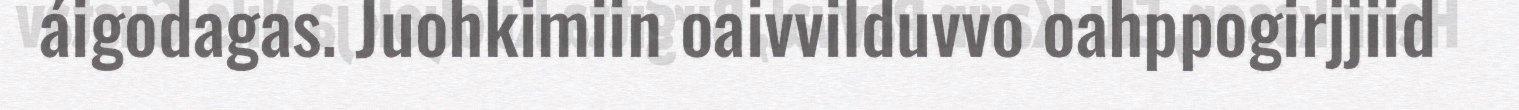
áigodagas. Juohkimiin oaivvilduvvo oahppogirjjiid